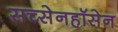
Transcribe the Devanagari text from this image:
सच्सेनहॉसेन